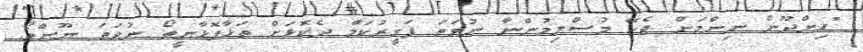
"ހިންދޫން ނިންމަން ޖެހޭ މުސްލިމުންނާ ނުވަތަ ފަގީރުކަމާ ދެކޮޅަށް ތަޅާފޮޅާނީތޯ ނުވަތަ ނޫންތޯ.